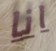
انا